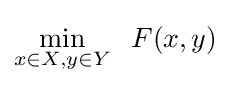
\min \limits _{x\in X,y\in Y}\;\;F(x,y)